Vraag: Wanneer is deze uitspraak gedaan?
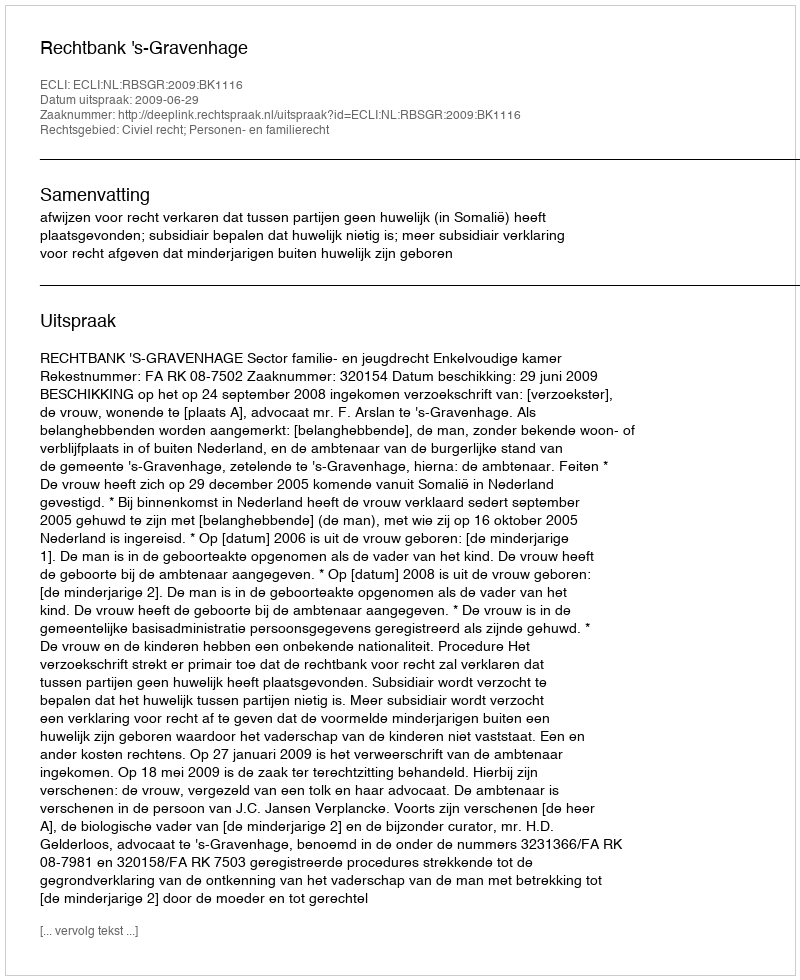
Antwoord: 2009-06-29